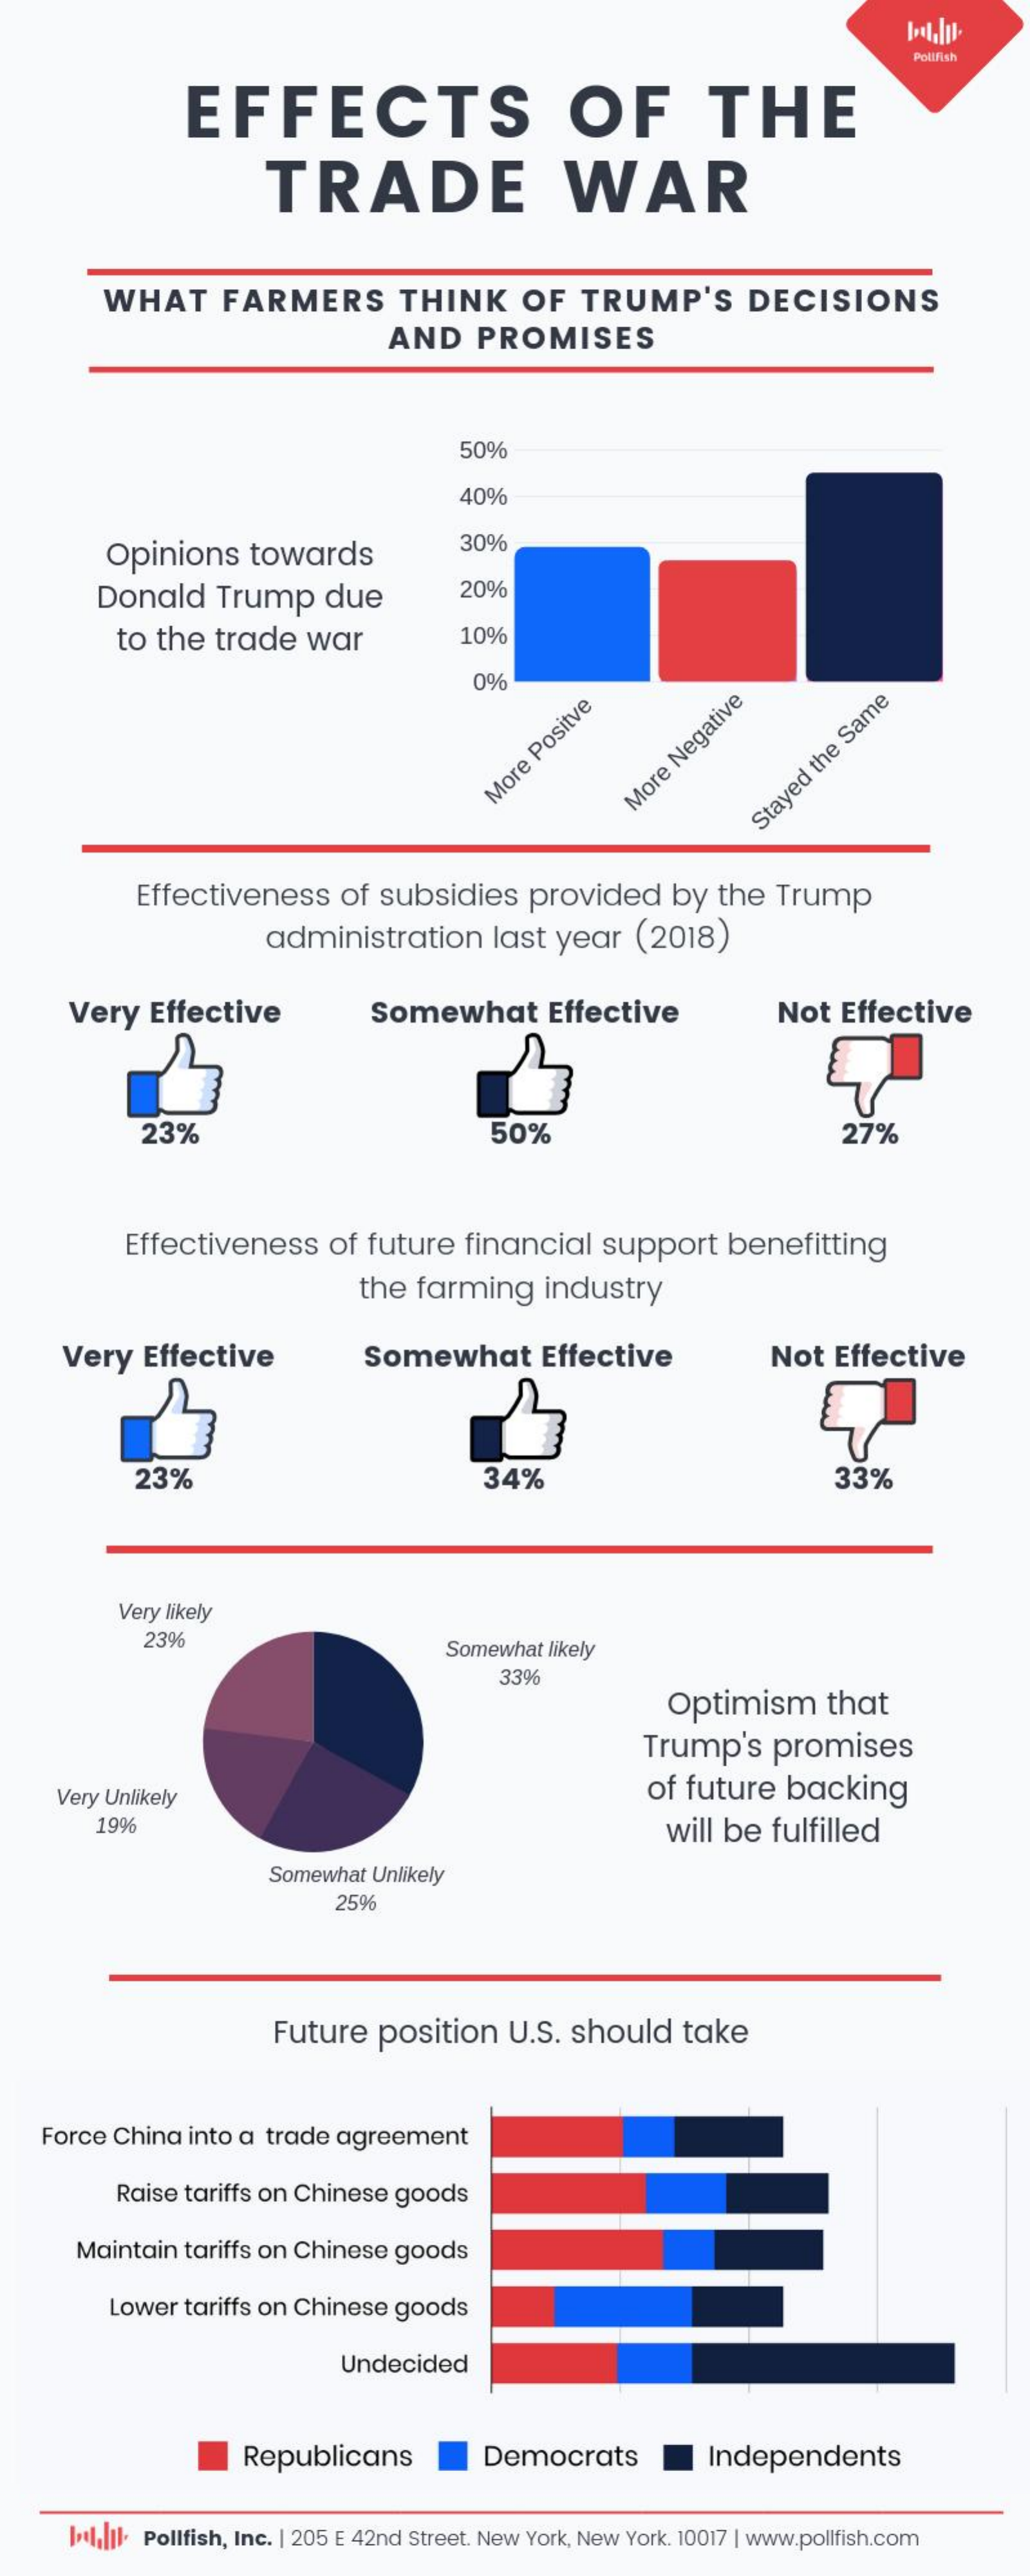
Polifish
     EFFECTS    OF    THE
     TRADE    WAR
     WHAT    FARMERS    THINK    OF   TRUMP'S    DECISIONS
     AND    PROMISES
     50%
     40%
     Opinions    towards
     30%
     Donald    Trump    due    20%
     to the  trade   war    10%
     0%
     More
     Positve
     More
     Negative
     Stayed
     the
     Same
     Effectiveness    of  subsidies    provided    by  the  Trump
     administration    last  year   (2018)
     Very   Effective    Somewhat    Effective    Not  Effective
     23%    50%    27%
     Effectiveness    of  future  financial    support    benefitting
     the  farming    industry
     Very   Effective    Somewhat    Effective    Not  Effective
     23%    34%    33%
     Very likely
     23%
     Somewhat likely
     33%
     Optimism    that
     Trump's    promises
     Very Unlikely    of future   backing
     19%    will be  fulfilled
     Somewhat Unlikely
     25%
     Future   position   U.S.  should    take
    Force China  into a trade agreement
     Raise tariffs on Chinese goods
     Maintain  tariffs on Chinese goods
     Lower  tariffs on Chinese goods
     Undecided
     Republicans    Democrats    Independents
     I.elalll. Pollfish, Inc. | 205 E 42nd Street. New York, New York. 10017 | www.pollfish.com